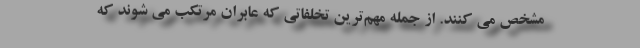
مشخص می کنند. از جمله مهم‌ترین تخلفاتی که عابران مرتکب می شوند که